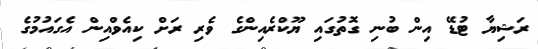
ރަޝިޔާ ޓުޑޭ އިން ބުނި ގޮތުގައި ޔޫކްރެއިންގެ ވެރި ރަށް ކިއެވްއިން އެގައުމުގެ